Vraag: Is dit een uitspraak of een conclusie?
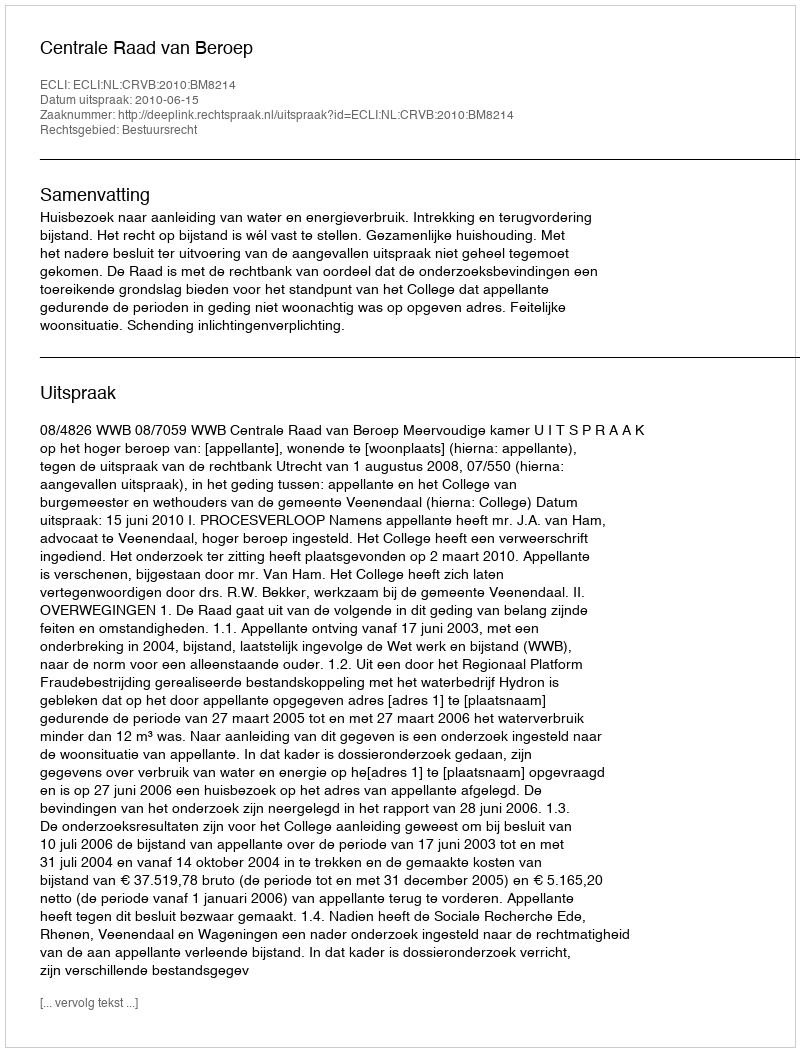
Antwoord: Uitspraak